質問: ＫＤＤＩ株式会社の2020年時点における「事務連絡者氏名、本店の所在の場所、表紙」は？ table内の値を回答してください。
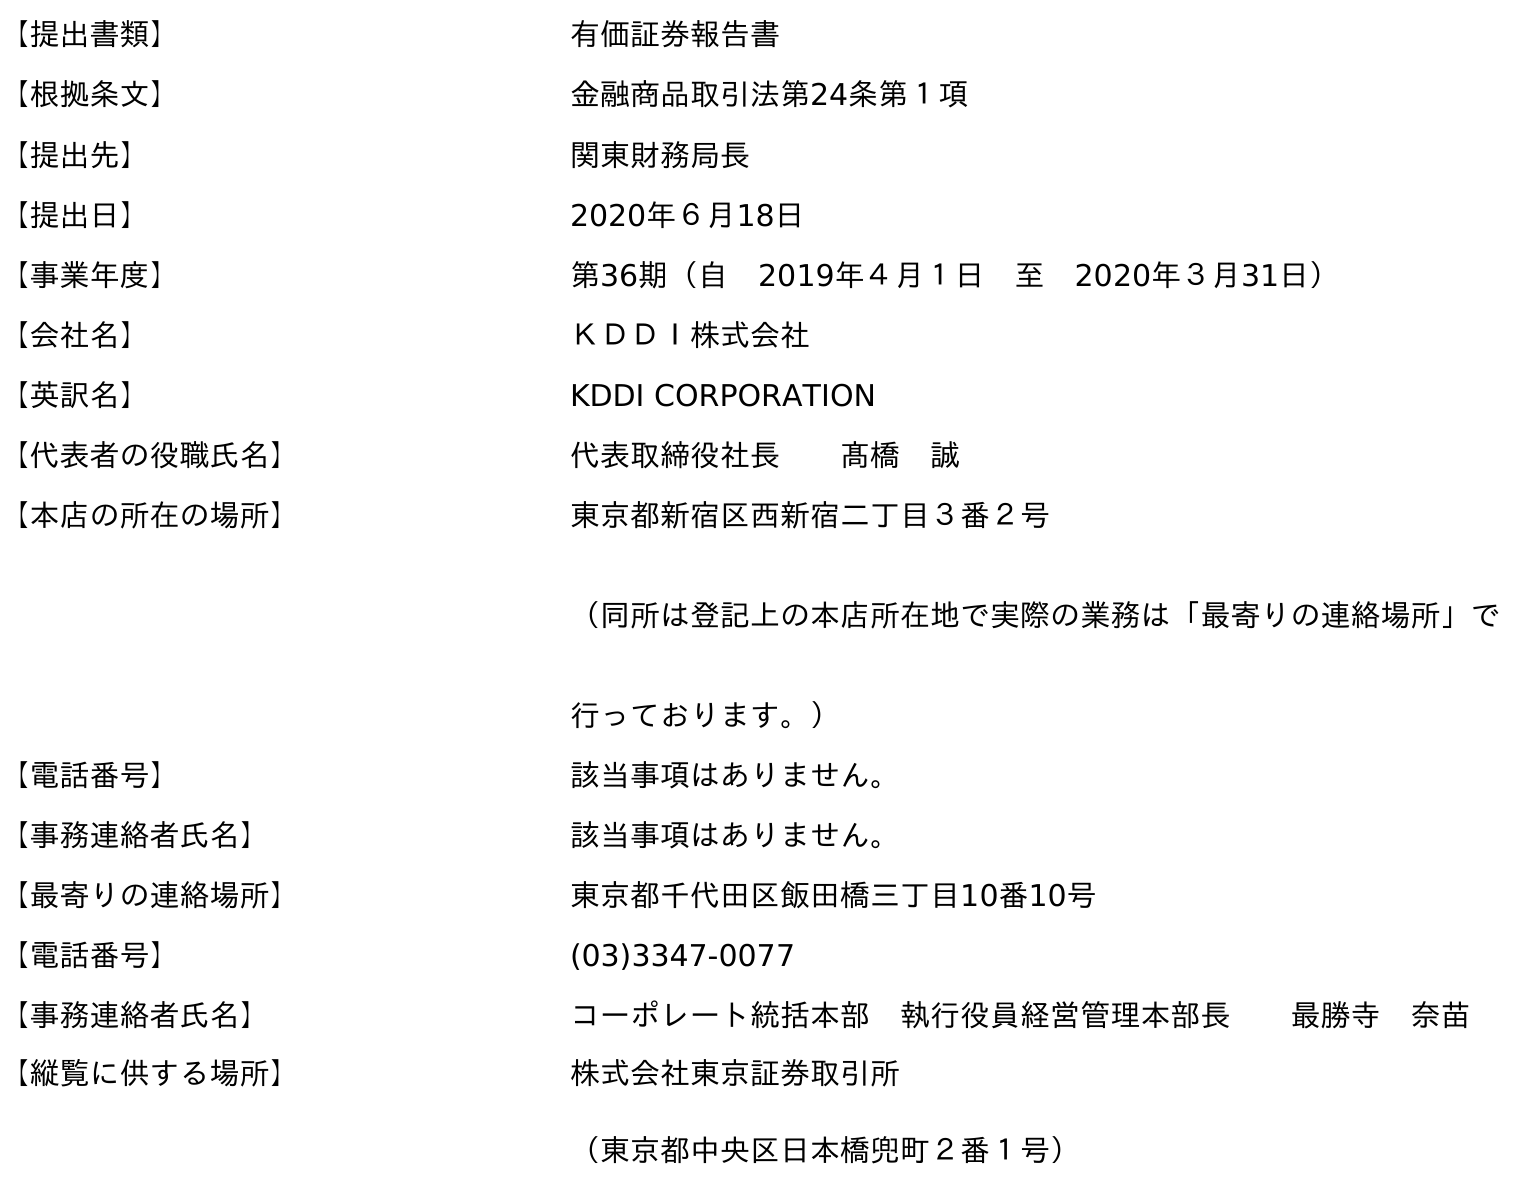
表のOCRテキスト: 【提出書類】 有価証券報告書 【根拠条文】 金融商品取引法第24条第１項 【提出先】 関東財務局長 【提出日】 2020年６月18日 【事業年度】 第36期（自 2019年４月１日 至 2020年３月31日） 【会社名】 ＫＤＤＩ株式会社 【英訳名】 KDDI CORPORATION 【代表者の役職氏名】 代表取締役社長  髙橋 誠 【本店の所在の場所】 東京都新宿区西新宿二丁目３番２号 （同所は登記上の本店所在地で実際の業務は「最寄りの連絡場所」で 行っております。） 【電話番号】 該当事項はありません。 【事務連絡者氏名】 該当事項はありません。 【最寄りの連絡場所】 東京都千代田区飯田橋三丁目10番10号 【電話番号】 (03)3347-0077 【事務連絡者氏名】 コーポレート統括本部 執行役員経営管理本部長  最勝寺 奈苗 【縦覧に供する場所】 株式会社東京証券取引所 （東京都中央区日本橋兜町２番１号）
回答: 該当事項はありません。